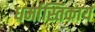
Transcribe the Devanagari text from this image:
धर्मास्तिकाय